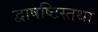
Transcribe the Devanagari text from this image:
द्वाषष्टिस्तथा